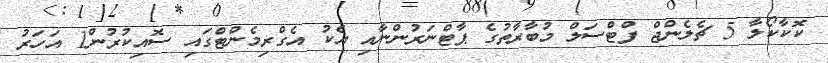
ކޮކާކޯލާ 5 ޗެލެންޖް ފްޓްސަލް މުބާރާތުގެ ޕާޓްނަރުންނާއި އެކު އެގްރިމެންޓްގައި ސޮއިކުރުން1 އަހަރު